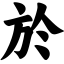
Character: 於